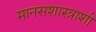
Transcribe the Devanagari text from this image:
मानसशास्त्राशी